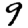
Digit: 9